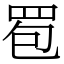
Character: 䍖